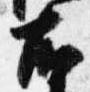
右